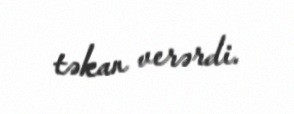
təkan verərdi.